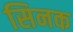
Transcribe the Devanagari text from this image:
सिनक